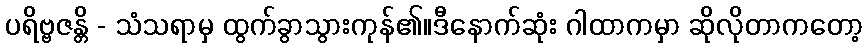
ပရိဗ္ဗဇန္တိ - သံသရာမှ ထွက်ခွာသွားကုန်၏။ဒီနောက်ဆုံး ဂါထာကမှာ ဆိုလိုတာကတော့